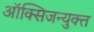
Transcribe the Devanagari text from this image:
ऑक्सिजन्युक्त